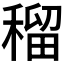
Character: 𥠷